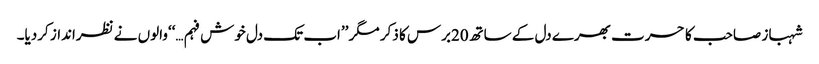
شہباز صاحب کا حسرت بھرے دل کے ساتھ20برس کا ذکر مگر ’’اب تک دل خوش فہم…‘‘والوں نے نظرانداز کردیا۔